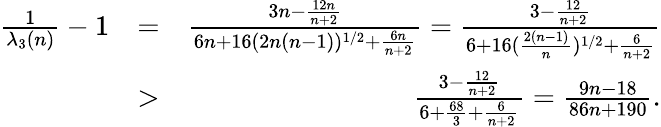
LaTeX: \begin{array}{rlr}{\frac{1}{\lambda_{3}(n)}-1}&{=}&{\frac{3n-\frac{12n}{n+2}}{6n+16(2n(n-1))^{1/2}+\frac{6n}{n+2}}=\frac{3-\frac{12}{n+2}}{6+16(\frac{2(n-1)}{n})^{1/2}+\frac{6}{n+2}}}\\ &{>}&{\frac{3-\frac{12}{n+2}}{6+\frac{68}3+\frac{6}{n+2}}=\frac{9n-18}{86n+190}.}\end{array}